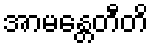
အာမန္တေတီတိ